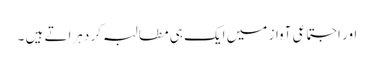
اور اجتماعی آواز میں ایک ہی مطالبہ کر دہراتے ہیں ۔